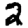
Digit: 2